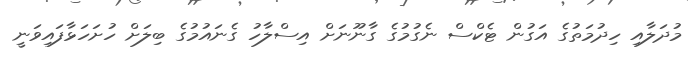
މުދަލާއި ހިދުމަތުގެ އަގުން ޓެކްސް ނެގުމުގެ ގާނޫނަށް އިސްލާހު ގެނައުމުގެ ބިލަށް ހުށަހަޅާފައިވަނީ